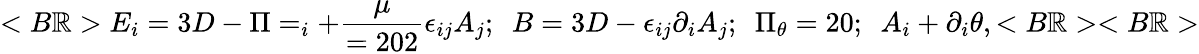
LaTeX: <B\mathbb{R}>E_{i}=3D-\Pi=_{i}+{\frac{{\mu}}{{=202}}}\epsilon_{ij}A_{j};~~B=3D-\epsilon_{ij}\partial_{i}A_{j};~~\Pi_{\theta}=20;~~A_{i}+\partial_{i}\theta,<B\mathbb{R}><B\mathbb{R}>